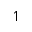
\upharpoonleft